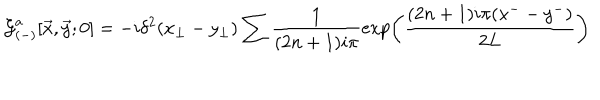
{ \cal G } _ { ( - ) } ^ { a } [ { \vec { x } } , { \vec { y } } ; 0 ] = - i \delta ^ { 2 } ( x _ { \perp } - y _ { \perp } ) \sum \frac { 1 } { ( 2 n + 1 ) i \pi } \exp \left( \frac { ( 2 n + 1 ) i \pi ( x ^ { - } - y ^ { - } ) } { 2 L } \right)